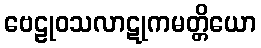
ဗေဠုဝသလာဋုကမတ္တိယော